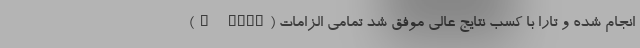
(E-mark) انجام شده و تارا با کسب نتایج عالی موفق شد تمامی الزامات